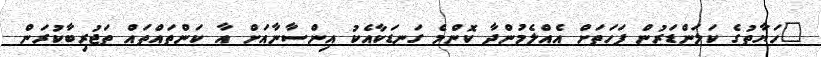
"ހަޔާތުގެ ކަލަންޑަރުން ފަހަތަށް އެއްލެމުންދާ ކޮންމެ ގަނޑަކާއެކު އިންސާނާއަށް އާ ކަންތައްތައް ތަޖުރިބާކުރަން